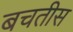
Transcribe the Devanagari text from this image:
बचतीस